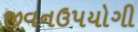
જીવનઉપયોગી